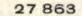
27 863